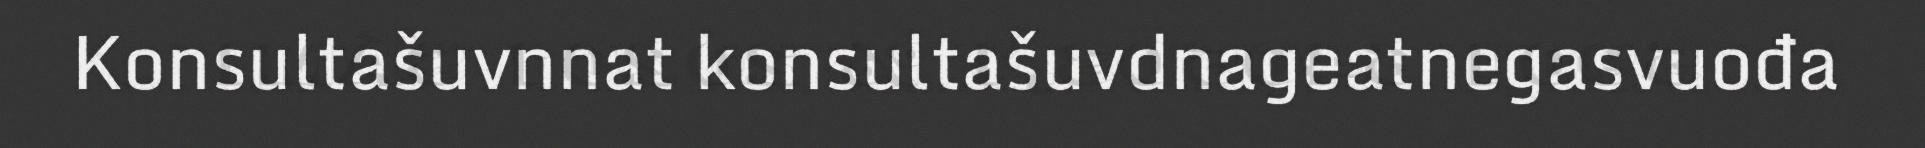
Konsultašuvnnat konsultašuvdnageatnegasvuođa